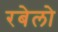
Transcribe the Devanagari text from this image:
रबेलो